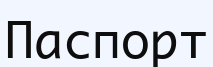
Паспорт